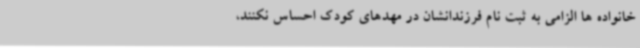
خانواده ها الزامی به ثبت نام فرزندانشان در مهدهای کودک احساس نکنند،